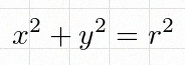
x^2+y^2=r^2